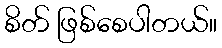
စိတ် ဖြစ်စေပါတယ်။